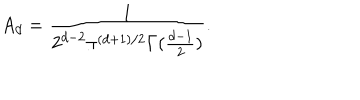
A _ { d } = \frac { 1 } { 2 ^ { d - 2 } \pi ^ { ( d + 1 ) / 2 } \Gamma ( \frac { d - 1 } { 2 } ) } .